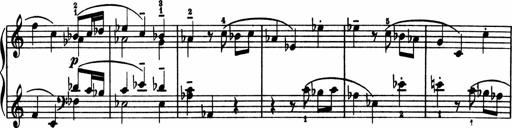
Title: 2 Sonatinen
Composer: Lambertus Adrianus van Tetterode